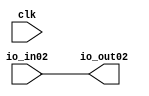
module Mod2(input clk,
    input  io_in02,
    output io_out02
);



  assign io_out02 = io_in02;
endmodule